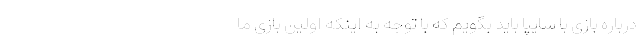
درباره بازی با سایپا باید بگویم که با توجه به اینکه اولین بازی ما